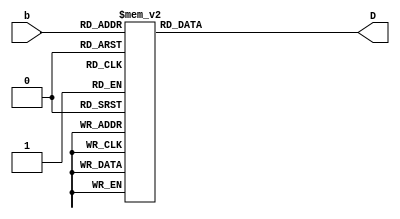
`timescale 1ns / 1ps
//////////////////////////////////////////////////////////////////////////////////
// Company: 
// Engineer: 
// 
// Design Name: 
// Module Name: display
// Project Name: 
// Target Devices: 
// Tool Versions: 
// Description: 
// 
// Dependencies: 
// 
// Revision:
// Revision 0.01 - File Created
// Additional Comments:
// 
//////////////////////////////////////////////////////////////////////////////////


`define D_0 8'b00000011
`define D_1 8'b10011111
`define D_2 8'b00100101
`define D_3 8'b00001101
`define D_4 8'b10011001
`define D_5 8'b01001001
`define D_6 8'b01000001
`define D_7 8'b00011111
`define D_8 8'b00000001
`define D_9 8'b00001001

module display(b,D);
    input [3:0]b;
    output [7:0]D;
    reg [7:0]D;

always@*
 case(b)
    4'd0 : D = `D_0;
    4'd1 : D = `D_1;
    4'd2 : D = `D_2;
    4'd3 : D = `D_3;
    4'd4 : D = `D_4;
    4'd5 : D = `D_5;
    4'd6 : D = `D_6;
    4'd7 : D = `D_7;
    4'd8 : D = `D_8;
    4'd9 : D = `D_9;
default : D = 8'b00000000;
endcase

endmodule